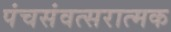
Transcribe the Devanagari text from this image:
पंचसंवत्सरात्मक